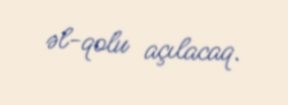
əl-qolu açılacaq.